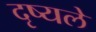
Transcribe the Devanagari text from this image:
दृष्यले